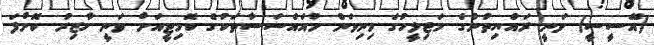
(އޭސީސީ) ވަނީ ރައްޔިތުންގެ މަޖިލީހުގެ މިނިވަން މުއައްސަސާތަކުގެ ކޮމިޓީއަށް ވަނީ ހާޒިރު ކޮށްފަ